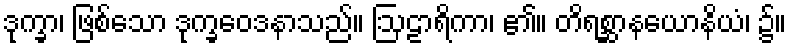
ဒုက္ခာ၊ ဖြစ်သော ဒုက္ခဝေဒနာသည်။ ဩဠာရိကာ၊ ၏။ တိရစ္ဆာနယောနိယံ၊ ၌။